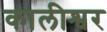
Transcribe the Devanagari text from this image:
कालीश्वर